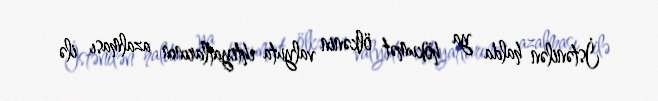
İstənilən halda ya hökumət ölkənin valyuta ehtiyatlarının azalması ilə